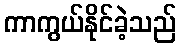
ကာကွယ်နိုင်ခဲ့သည်